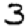
Digit: 3